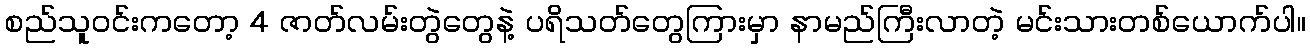
စည်သူဝင်းကတော့ 4 ဇာတ်လမ်းတွဲတွေနဲ့ ပရိသတ်တွေကြားမှာ နာမည်ကြီးလာတဲ့ မင်းသားတစ်ယောက်ပါ။